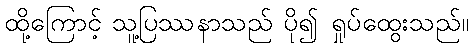
ထို့ကြောင့် သူ့ပြဿနာသည် ပို၍ ရှုပ်ထွေးသည်။